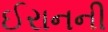
ઈરાનની